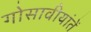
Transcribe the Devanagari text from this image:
गोसावीयांतें